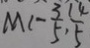
M ( - \frac { 3 } { 5 } , \frac { 1 4 } { 5 }